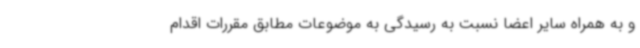
و به همراه سایر اعضا نسبت به رسیدگی به موضوعات مطابق مقررات اقدام